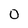
Character: 0